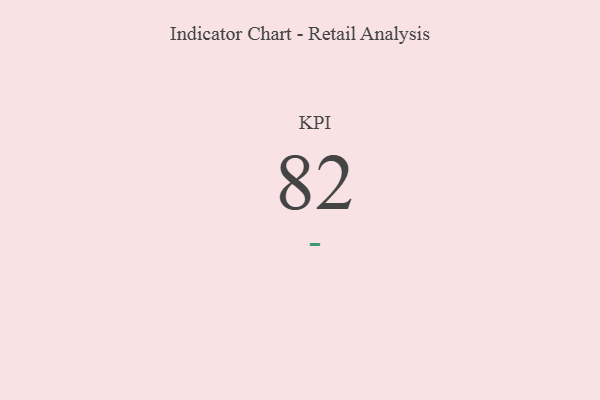
{"axis": {"x": "KPI", "y": "Value"}, "legend": [""], "data": [{"x": "KPI", "y": 82, "type": ""}]}